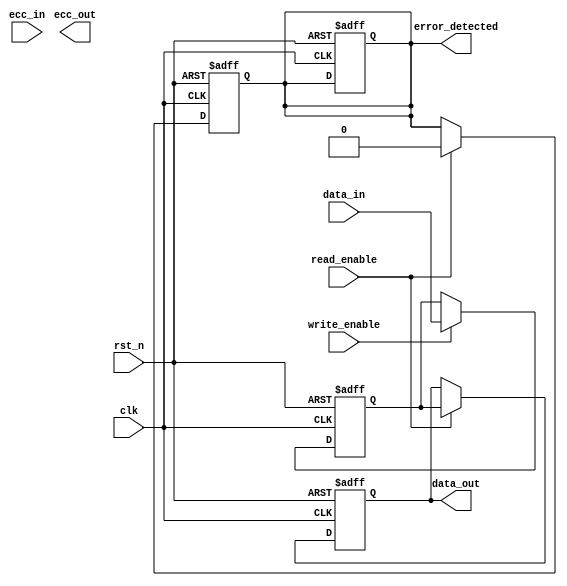
module ecc_dram_io_block #(
    parameter DATA_WIDTH = 32,  // Data width (8, 16, 32 bits)
    parameter ECC_WIDTH = 7      // ECC width for Hamming code (for 32-bit data)
)(
    input  wire                 clk,
    input  wire                 rst_n,
    input  wire                 write_enable,
    input  wire                 read_enable,
    input  wire [DATA_WIDTH-1:0] data_in,
    output reg [DATA_WIDTH-1:0] data_out,
    output reg                  error_detected,
    output reg [ECC_WIDTH-1:0] ecc_out,
    input  wire [ECC_WIDTH-1:0] ecc_in
);

    // Internal signals
    reg [DATA_WIDTH-1:0] data_buffer;
    reg [ECC_WIDTH-1:0] ecc_buffer;

    // ECC Generation Logic (Hamming Code)
    function [ECC_WIDTH-1:0] generate_ecc;
        input [DATA_WIDTH-1:0] data;
        // Implement Hamming code generation here
        // For simplicity, we'll return a dummy ECC value
        begin
            generate_ecc = data[DATA_WIDTH-1:DATA_WIDTH-ECC_WIDTH]; // Dummy assignment
        end
    endfunction

    // ECC Correction Logic
    function [DATA_WIDTH-1:0] correct_data;
        input [DATA_WIDTH-1:0] data;
        input [ECC_WIDTH-1:0] ecc;
        // Implement Hamming code error correction here
        // For simplicity, we'll return the data unchanged
        begin
            correct_data = data; // Dummy assignment
            error_detected = 0;  // Assume no error for simplicity
        end
    endfunction

    // Write Operation
    always @(posedge clk or negedge rst_n) begin
        if (!rst_n) begin
            data_buffer <= 0;
            ecc_buffer <= 0;
            error_detected <= 0;
        end else if (write_enable) begin
            data_buffer <= data_in;
            ecc_buffer <= generate_ecc(data_in);
            // Store data_buffer and ecc_buffer into memory cells here
        end
    end

    // Read Operation
    always @(posedge clk or negedge rst_n) begin
        if (!rst_n) begin
            data_out <= 0;
            error_detected <= 0;
        end else if (read_enable) begin
            // Assume we read data_buffer and ecc_buffer from memory cells here
            data_out <= correct_data(data_buffer, ecc_buffer);
            // Check if error_detected is set in correct_data function
        end
    end

endmodule